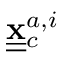
\underline { { \underline { { \bf x } } } } { } _ { c } ^ { a , i }